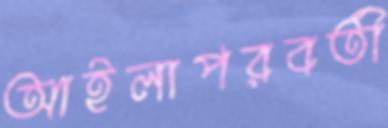
আইলাপরবর্তী